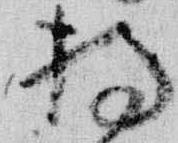
持